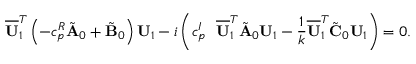
\overline { { \mathbf { U } } } _ { 1 } ^ { T } \left( - c _ { p } ^ { R } \tilde { \mathbf { A } } _ { 0 } + \tilde { \mathbf { B } } _ { 0 } \right) \mathbf { U } _ { 1 } - i \left( c _ { p } ^ { I } \ \ \overline { { \mathbf { U } } } _ { 1 } ^ { T } \tilde { \mathbf { A } } _ { 0 } \mathbf { U } _ { 1 } - \frac { 1 } { k } \overline { { \mathbf { U } } } _ { 1 } ^ { T } \tilde { \mathbf { C } } _ { 0 } \mathbf { U } _ { 1 } \right) = 0 .